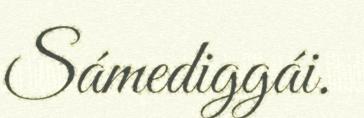
Sámediggái.